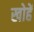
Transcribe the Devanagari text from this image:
खोहें